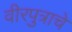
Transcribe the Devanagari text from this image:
वीरपुत्राचे